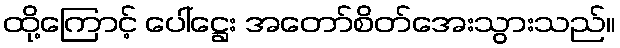
ထို့ကြောင့် ပေါ်ဋ္ဌေး အတော်စိတ်အေးသွားသည်။